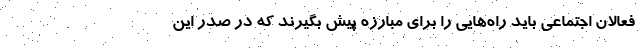
فعالان اجتماعی باید راه‌هایی را برای مبارزه پیش بگیرند که در صدر این